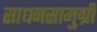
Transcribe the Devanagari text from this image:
साधनसामुग्री